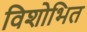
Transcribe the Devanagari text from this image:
विशोभित